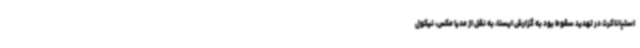
استپاناکرت در تهدید سقوط بود به گزارش ایسنا، به نقل از مدیا مکس، نیکول